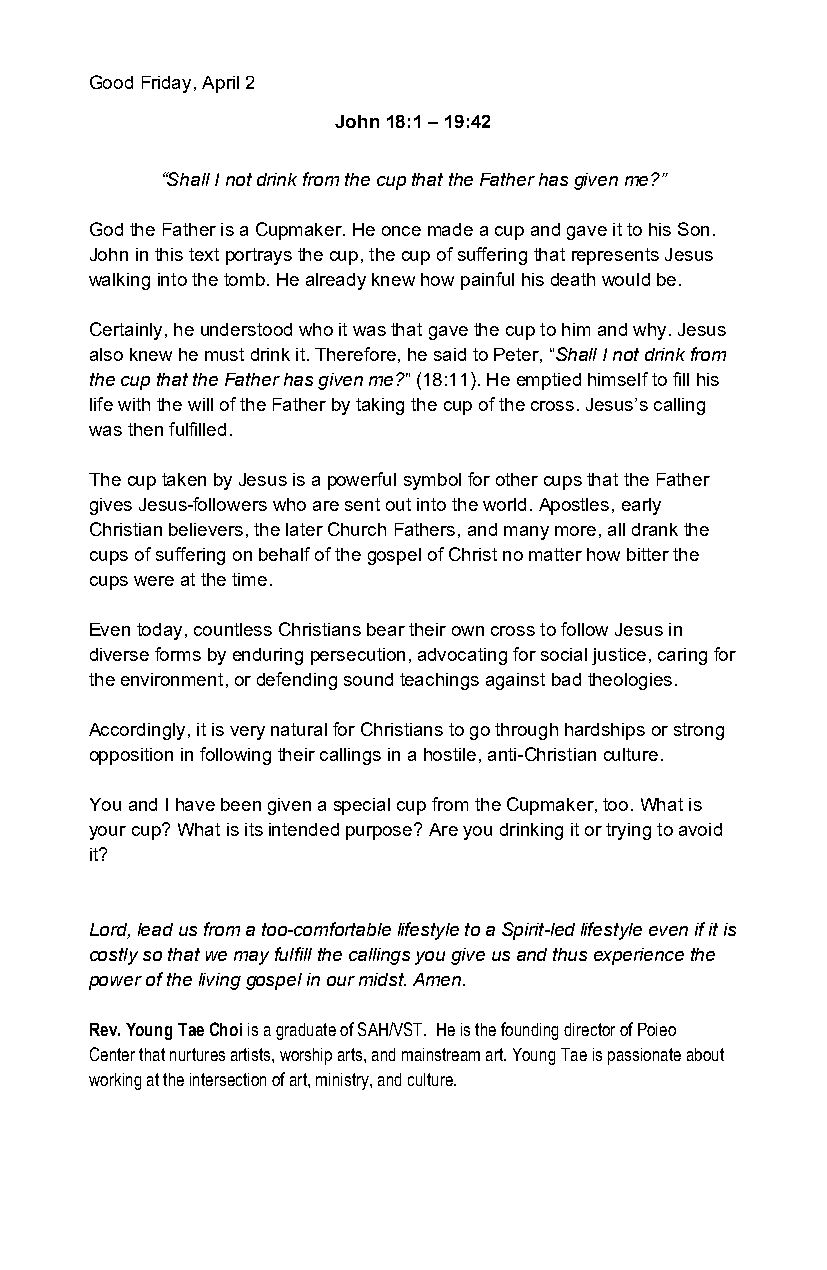
Good Friday, April 2
 John 18:1 – 19:42
 “Shall I not drink from the cup that the Father has given me?”
 God the Father is a Cupmaker. He once made a cup and gave it to his Son.
 John in this text portrays the cup, the cup of suffering that represents Jesus
 walking into the tomb. He already knew how painful his death would be.
 Certainly, he understood who it was that gave the cup to him and why. Jesus
 also knew he must drink it. Therefore, he said to Peter, “Shall I not drink from
 the cup that the Father has given me?” (18:11). He emptied himself to fill his
 life with the will of the Father by taking the cup of the cross. Jesus’s calling
 was then fulfilled.
 The cup taken by Jesus is a powerful symbol for other cups that the Father
 gives Jesus-followers who are sent out into the world. Apostles, early
 Christian believers, the later Church Fathers, and many more, all drank the
 cups of suffering on behalf of the gospel of Christ no matter how bitter the
 cups were at the time.
 Even today, countless Christians bear their own cross to follow Jesus in
 diverse forms by enduring persecution, advocating for social justice, caring for
 the environment, or defending sound teachings against bad theologies.
 Accordingly, it is very natural for Christians to go through hardships or strong
 opposition in following their callings in a hostile, anti-Christian culture.
 You and I have been given a special cup from the Cupmaker, too. What is
 your cup? What is its intended purpose? Are you drinking it or trying to avoid
 it?
 Lord, lead us from a too-comfortable lifestyle to a Spirit-led lifestyle even if it is
 costly so that we may fulfill the callings you give us and thus experience the
 power of the living gospel in our midst. Amen.
 Rev. Young Tae Choi is a graduate of SAH/VST. He is the founding director of Poieo
 Center that nurtures artists, worship arts, and mainstream art. Young Tae is passionate about
 working at the intersection of art, ministry, and culture.